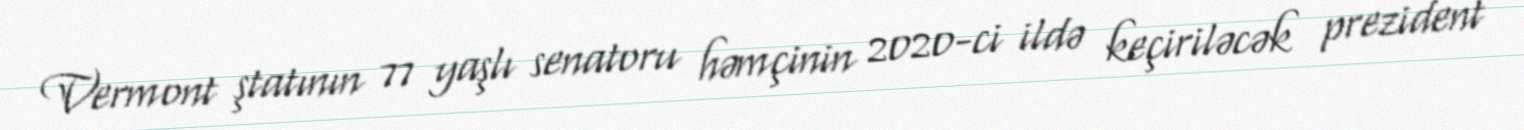
Vermont ştatının 77 yaşlı senatoru həmçinin 2020-ci ildə keçiriləcək prezident